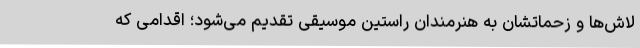
لاش‌ها و زحماتشان به هنرمندان راستین موسیقی تقدیم می‌شود؛ اقدامی که